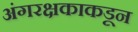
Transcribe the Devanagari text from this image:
अंगरक्षकाकडून